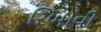
રિબાવી